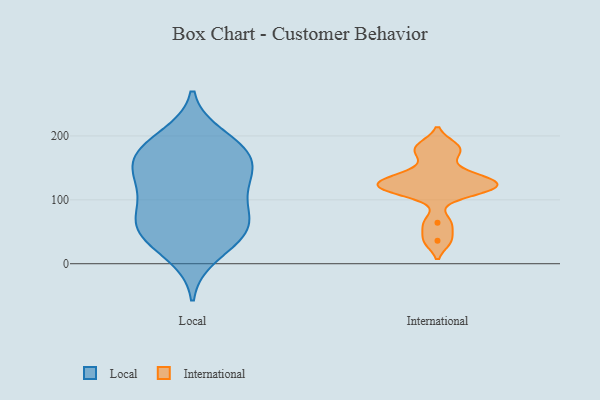
{"axis": {"x": "Net Income (USD K)", "y": "Value"}, "legend": ["International", "Local"], "data": [{"x": "", "y": 127, "type": "Local"}, {"x": "", "y": 120, "type": "Local"}, {"x": "", "y": 71, "type": "Local"}, {"x": "", "y": 45, "type": "Local"}, {"x": "", "y": 100, "type": "Local"}, {"x": "", "y": 65, "type": "Local"}, {"x": "", "y": 42, "type": "Local"}, {"x": "", "y": 172, "type": "Local"}, {"x": "", "y": 179, "type": "Local"}, {"x": "", "y": 153, "type": "Local"}, {"x": "", "y": 160, "type": "Local"}, {"x": "", "y": 139, "type": "Local"}, {"x": "", "y": 72, "type": "Local"}, {"x": "", "y": 199, "type": "Local"}, {"x": "", "y": 47, "type": "Local"}, {"x": "", "y": 13, "type": "Local"}, {"x": "", "y": 184, "type": "Local"}, {"x": "", "y": 173, "type": "International"}, {"x": "", "y": 123, "type": "International"}, {"x": "", "y": 126, "type": "International"}, {"x": "", "y": 36, "type": "International"}, {"x": "", "y": 143, "type": "International"}, {"x": "", "y": 114, "type": "International"}, {"x": "", "y": 185, "type": "International"}, {"x": "", "y": 115, "type": "International"}, {"x": "", "y": 64, "type": "International"}, {"x": "", "y": 130, "type": "International"}]}